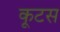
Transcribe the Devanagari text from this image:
कूटस